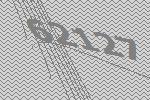
62127